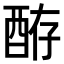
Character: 𫑴